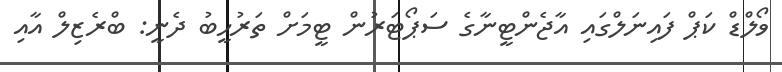
ވޯލްޑް ކަޕް ފައިނަލްގައި އާޖެންޓީނާގެ ސަޕޯޓަރުން ޓީމަށް ތަރުހީބު ދެނީ: ބްރެޒިލް އާއި